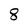
Character: 8